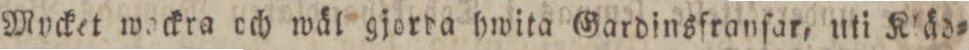
Mycket wockra och wäl gjorda hwita Gardinsfranſar, uti Kläd=